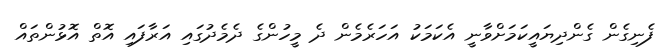
ފެނިގެން ގެންދިޔައީކަމަށްވާނީ އެކަމަކު އަހަރެމެން ދެ މީހުންގެ ދެމެދުގައި އަރާފައި އޮތް އޮޅުންތައް